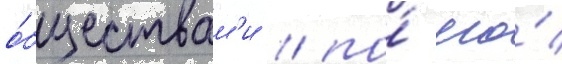
о́бществам'и / по́ его́